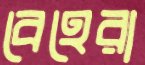
বেহেরা